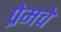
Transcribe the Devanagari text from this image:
प्रेमचे